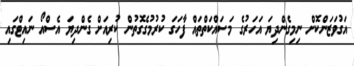
އަގުވަޒަންކޮށް ނިމިގެންދިޔަ އަހަރުގެ މަސައްކަތްތައް ފާހަގަ ކުރުމުގެގޮތުން ކުރިއަށް ގެންދިޔަ އެސްއޯ ނައިޓްގައި